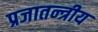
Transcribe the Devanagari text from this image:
प्रजातन्त्रीय